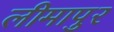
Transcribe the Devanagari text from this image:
लीमापुर